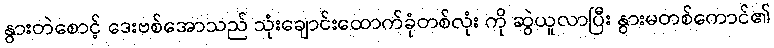
နွားတဲစောင့် ဒေးဗစ်အောသည် သုံးချောင်းထောက်ခုံတစ်လုံး ကို ဆွဲယူလာပြီး နွားမတစ်ကောင်၏